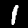
Label: 1